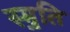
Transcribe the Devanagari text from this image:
स्मृ़ति